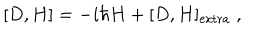
LaTeX: [ D , H ] = - i \hbar H + [ D , H ] _ { \mathrm { e x t r a } } \; ,